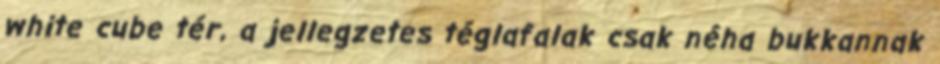
white cube tér, a jellegzetes téglafalak csak néha bukkannak